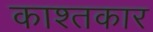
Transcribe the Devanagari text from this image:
काश्‍तकार